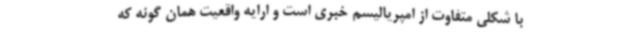
با شکلی متفاوت از امپریالیسم خبری است و ارایه واقعیت همان گونه که